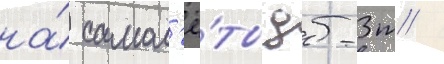
на́ самол'ё́ты дб-3т /